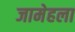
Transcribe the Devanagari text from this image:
जामेहला